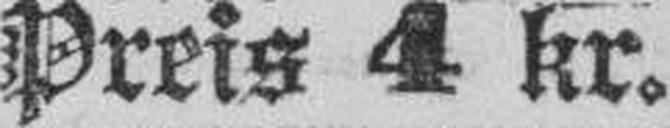
Preis 4 kr.